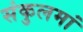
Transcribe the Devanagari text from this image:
संकुलमां